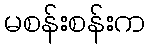
မစန်းစန်းက